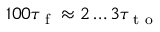
1 0 0 \tau _ { \textrm { f } } \approx 2 \dots 3 \tau _ { \textrm { t o } }